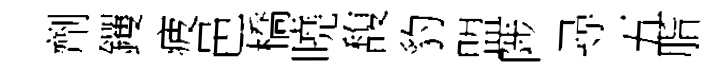
劑钁疲邑橋曉馥豹盟陟尋五脂